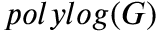
p o l y l o g ( G )